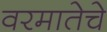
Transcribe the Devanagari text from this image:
वरमातेचे